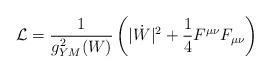
LaTeX: \begin{align*}{\cal L} = {1 \over g^2_{YM}(W)} \left( |\dot{W}|^2 + {1 \over 4} F^{\mu \nu} F_{\mu \nu} \right) \end{align*}